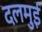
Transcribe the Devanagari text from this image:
दलमुई